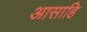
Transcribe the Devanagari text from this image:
आसाहि